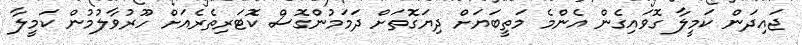
ޖައިދަން ކަމީލާ ގޮވައިގެން އެންމެ މަތީބަޔަށް ދިޔަގޮތަށް ދަމަމުންގޮސް ކޮޓަރިތެރެއަށް ހޫރުވާލުމުން ކަމީލާ